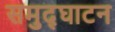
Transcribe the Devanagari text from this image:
समुद्घाटन